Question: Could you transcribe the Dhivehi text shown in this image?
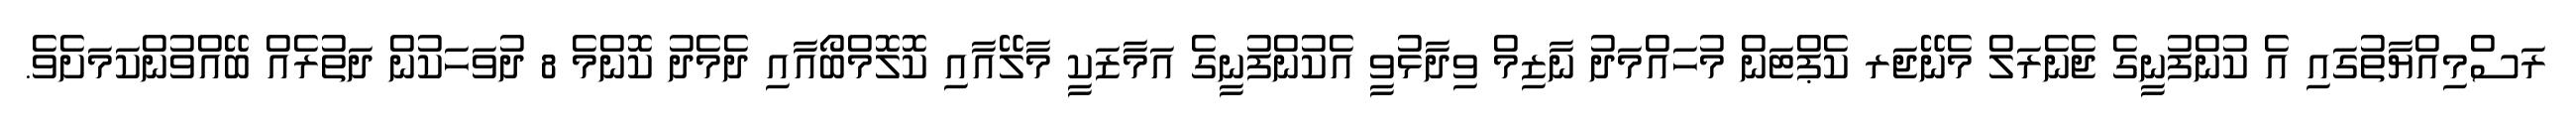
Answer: ރަސްމިއްޔާތުގައި އެ ކުންފުނީގެ ޖެނެރަލް މެނޭޖަރ ކެޕްޓަން މުހައްމަދު ނާޒިމް ވިދާޅުވީ އެކުންފުނީގެ އަމާޒަކީ މާލޭއާއި ކޮލޮމްބޯއާއި ދެމެދު ކޮންމެ 8 ދުވަހަކުން ދަތުރެއް ބޭއްވުންކަމަށެވެ.